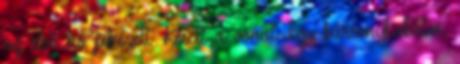
az első hó pihézett. Késett a vonat. Egy bársonykabátos,